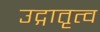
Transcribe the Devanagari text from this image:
उद्गातृत्व